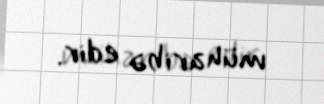
müharibə edir.